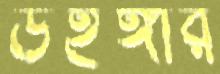
উইঙ্গার